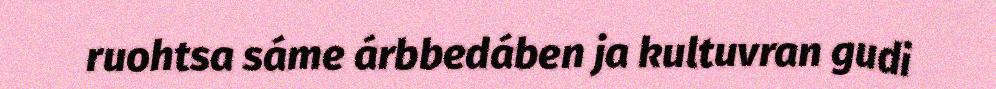
ruohtsa sáme árbbedáben ja kultuvran gudi